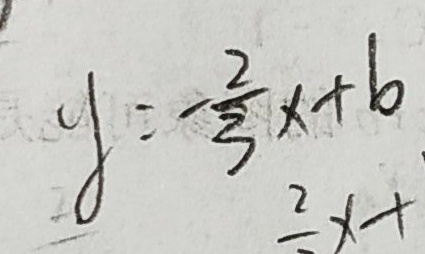
y = - \frac { 2 } { 3 } x + b